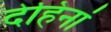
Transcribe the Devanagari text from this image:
देहिनां